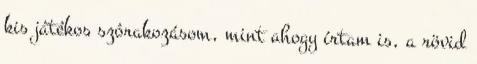
kis játékos szórakozásom, mint ahogy írtam is, a rövid